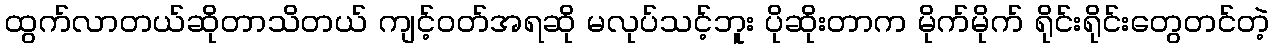
ထွက်လာတယ်ဆိုတာသိတယ် ကျင့်ဝတ်အရဆို မလုပ်သင့်ဘူး ပိုဆိုးတာက မိုက်မိုက် ရိုင်းရိုင်းတွေတင်တဲ့